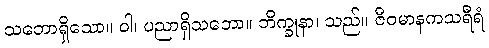
သဘောရှိသော။ ဝါ၊ ပညာရှိသဘော။ ဘိက္ခုနာ၊ သည်။ ဇီဝမာနကသရီရံ